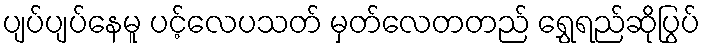
ပျပ်ပျပ်နေမူ ပင့်လေပသတ် မှတ်လေတတည် ရွှေရည်ဆိုပြွပ်